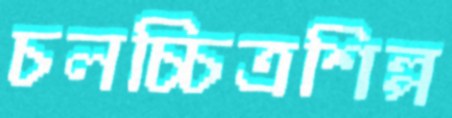
চলচ্চিত্রশিল্প